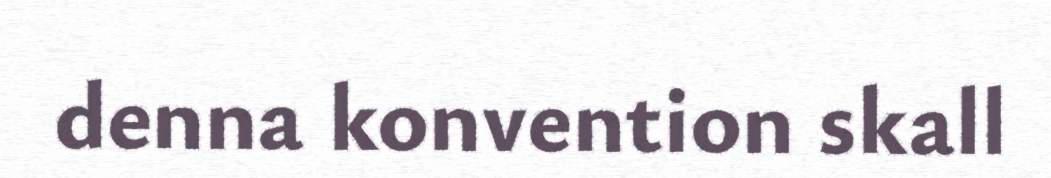
denna konvention skall